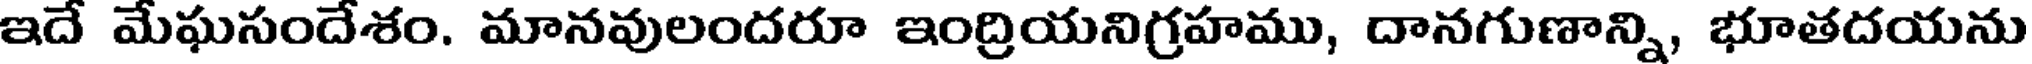
ఇదే మేఘసందేశం. మానవులందరూ ఇంద్రియనిగ్రహము, దానగుణాన్ని, భూతదయను